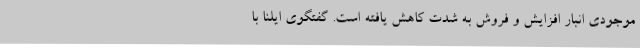
موجودی انبار افزایش و فروش به شدت کاهش یافته است. گفتگوی ایلنا با